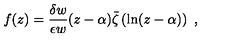
f ( z ) = \frac { \delta w } { \epsilon w } ( z - \alpha ) \bar { \zeta } \left( \ln ( z - \alpha ) \right) \ ,